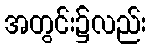
အတွင်း၌လည်း